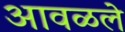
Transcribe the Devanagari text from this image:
आवळले